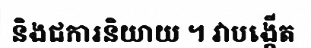
និងជការនិយាយ ។ វាបង្កើត